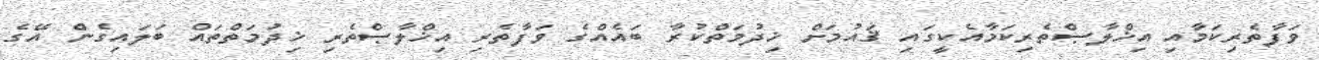
ވަފާތެރިކަމާއި އިޚްލާޞްތެރިކަމާއެކީގައި ޤައުމަށް ޚިދުމަތްކުރާ ބައެއްގެ ވަފާތެރި އިޚްލާޞްތެރި ޚިދުމަތްތައް ބަލައިގެން އޭގެ